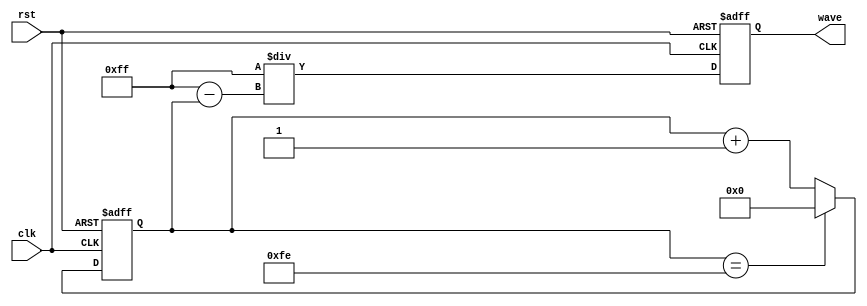
`timescale 1ns/1ns
`define on 1
`define off 0
module reciprocal(input clk, rst, output reg[7:0] wave);
	
	reg[7:0] count1;
	always @(posedge clk, posedge rst) begin
		if(rst) begin
			wave <= 8'b00000000;
			count1 <= 8'b00000000;
		end
		
		else begin
			wave <= 8'd255/(8'd255-count1);
			count1 <= count1 + 1;
			
			if(count1 == 8'b11111110)
				count1 <= 8'b00000000;
		end
	end
endmodule